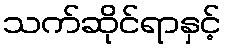
သက်ဆိုင်ရာနှင့်